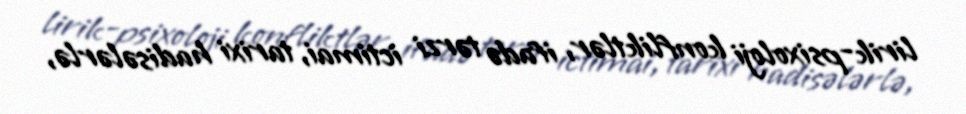
lirik-psixoloji konfliktlər, ifadə tərzi ictimai, tarixi hadisələrlə,